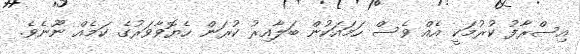
އިސްރާފު ކުރުމަކީ އެއް ވެސް ހަމައަކުން ބަލާއިރު ކުރަން ހެޔޮވާވަރުގެ ކަމެއް ނޫނެވެ.